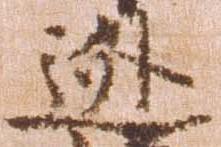
逃